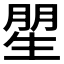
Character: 𱰙